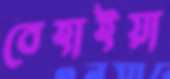
বেহাইয়া